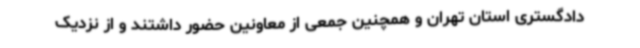
دادگستری استان تهران و همچنین جمعی از معاونین حضور داشتند و از نزدیک